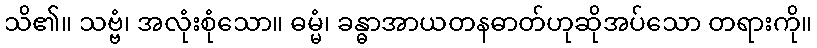
သိ၏။ သဗ္ဗံ၊ အလုံးစုံသော။ ဓမ္မံ၊ ခန္ဓာအာယတနဓာတ်ဟုဆိုအပ်သော တရားကို။